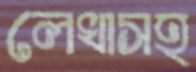
লেখাসহ